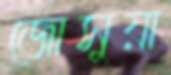
জোসুয়া